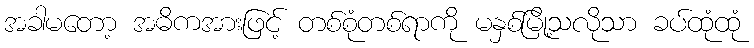
အခါမတော့ အဓိကအားဖြင့် တစ်စုံတစ်ရာကို မနှစ်မြို့သလိုသာ ခပ်ထုံထုံ